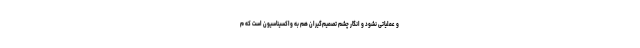
و عملیاتی نشود و انگار چشم تصمیم‌گیران هم به واکسیناسیون است که م